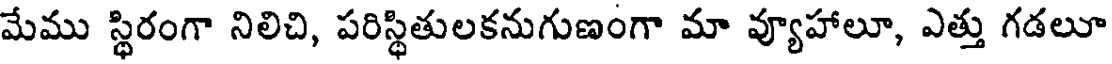
మేము స్థిరంగా నిలిచి, పరిస్థితులకనుగుణంగా మా వ్యూహాలూ, ఎత్తు గడలూ